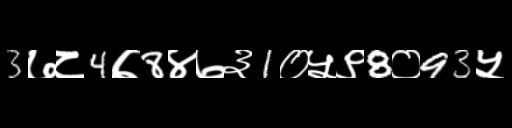
Text: 3७८4७8४७३1०५९8०93५